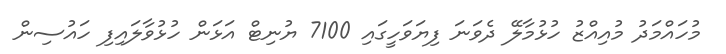
މުހައްމަދު މުއިއްޒު ހުޅުމާލޭ ދެވަނަ ފިޔަވަހީގައި 7100 ޔުނިޓް އަޅަން ހުޅުވާލައިފި ހައުސިން